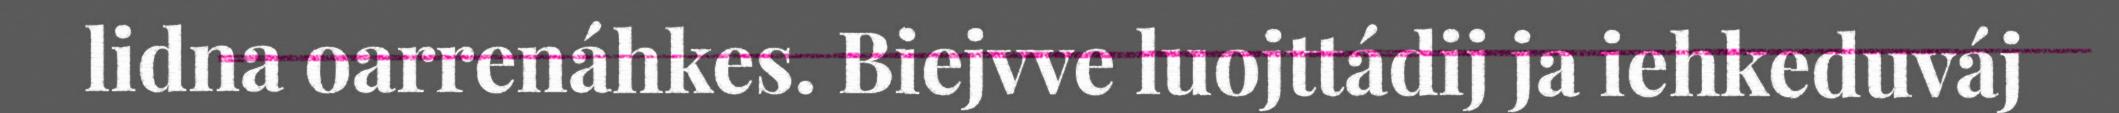
lidna oarrenáhkes. Biejvve luojttádij ja iehkeduváj